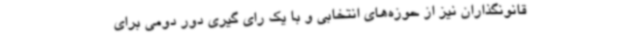
قانونگذاران نیز از حوزه‌های انتخابی و با یک رای گیری دور دومی برای